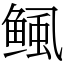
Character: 鲺